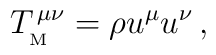
T_{_{\rm M}}^{\,\mu\nu}=\rho u^\mu u^\nu\, ,